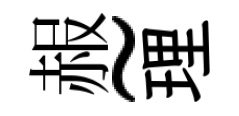
赧~理